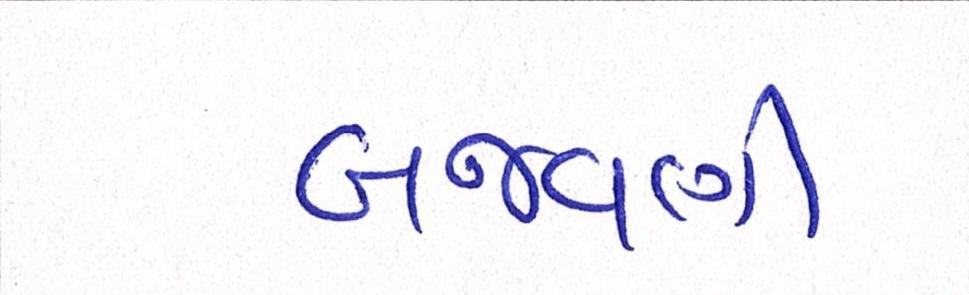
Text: બજવણી